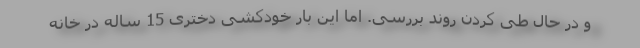
و در حال طی کردن روند بررسی. اما این بار خودکشی دختری 15 ساله در خانه